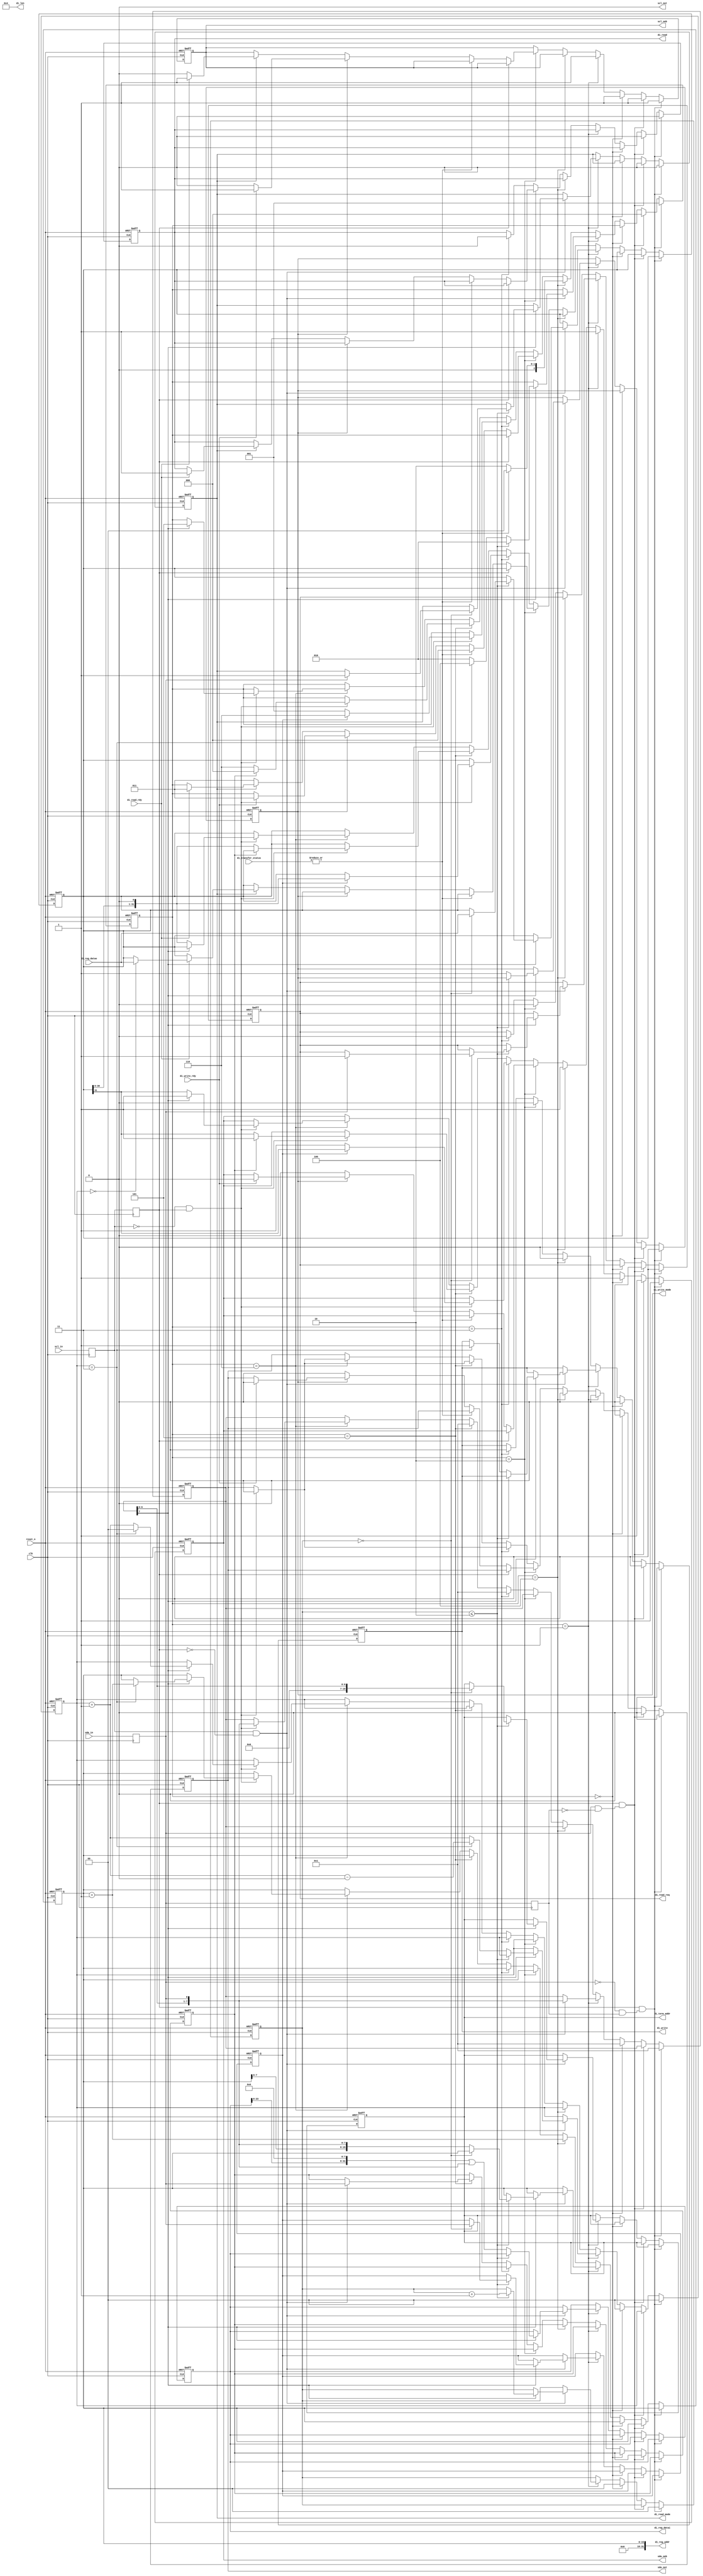
//
// Description: This implemenents a i2c slave to host interface
// controller.  This will match any i2c chip address and set it as the
// terminal address.  A future implementation could take in an array
// of terminal addresses to match.


module i2cHostInterface
  #(parameter NUM_ADDR_BYTES=2,
    parameter NUM_DATA_BYTES=4,
    parameter REG_ADDR_WIDTH=8*NUM_ADDR_BYTES,
    parameter REG_DATA_WIDTH=8*NUM_DATA_BYTES)
   (
    input 	      clk,
    input 	      reset_n,
    input 	      sda_in,
    output 	      sda_out,
    output 	      sda_oeb,
    input 	      scl_in,
    output 	      scl_out,
    output reg	      scl_oeb,

    output reg [15:0] di_term_addr,
    output [31:0]     di_reg_addr,
    output [31:0]     di_len,

    output reg 	      di_read_mode,
    output reg 	      di_read_req,
    output reg 	      di_read,
    input wire 	      di_read_rdy,
    input [31:0]      di_reg_datao,

    output 	      di_write,
    input wire 	      di_write_rdy,
    output reg 	      di_write_mode,
    output reg [31:0] di_reg_datai,
    input [15:0]      di_transfer_status

    );

   parameter STATE_WAIT=0,
             STATE_SHIFT=1,
             STATE_ACK=2, 
             STATE_ACK2=3,
             STATE_WRITE=4,
             STATE_CHECK_ACK=5,
             STATE_SEND=6;
   
   reg we, done, busy;
   reg [REG_ADDR_WIDTH-1:0] reg_addr;
   reg [2:0] state;
   reg       scl_s, sda_s, scl_ss, sda_ss, sda_reg, oeb_reg;
   reg [7:0]  sr;
   reg [1:0]  reg_byte_count;
   reg [1:0]  addr_byte_count;
   reg        rw_bit;
   reg [REG_DATA_WIDTH-1:0] sr_send;
   reg        nack;

   assign scl_out = 0;
   assign sda_oeb = oeb_reg;
   assign sda_out = sda_reg;

   assign di_len = NUM_DATA_BYTES;
   assign di_write = we;
   
   wire       open_drain_mode = 1;
   function set_sda_reg;
      input   out1;
      begin
         set_sda_reg = (open_drain_mode) ? 0 : out1;
      end
   endfunction
   function set_oeb_reg;
      input   oeb;
      input   out1;
      begin
         set_oeb_reg = (open_drain_mode) ? out1 : oeb;
      end
   endfunction
      
   /* verilator lint_off WIDTH */
   assign di_reg_addr = reg_addr;
   /* verilator lint_on WIDTH */

   
   always @(posedge clk) begin
      scl_s <= scl_in;
      scl_ss <= scl_s;
      sda_s <= sda_in;
      sda_ss <= sda_s;
   end

   wire [7:0] word = { sr[6:0], sda_s };
   /* verilator lint_off WIDTH */
   wire [REG_DATA_WIDTH-1:0] word_expanded = word;
   /* verilator lint_on WIDTH */
   

   wire       scl_rising  =  scl_s && !scl_ss;
   wire       scl_falling = !scl_s &&  scl_ss;
   wire       sda_rising  =  sda_s && !sda_ss;
   wire       sda_falling = !sda_s &&  sda_ss;
   

   wire [REG_ADDR_WIDTH+8-1:0] shifted_reg_addr = { reg_addr, word };
   
   
`ifdef SYNC_RESET
   always @(posedge clk) begin
`else
   always @(posedge clk or negedge reset_n) begin
`endif      
      if(!reset_n) begin
	 scl_oeb <= 1;
	 di_write_mode <= 0;
	 di_term_addr <= 0;
	 di_read_mode <= 0;
 	 di_read_req <= 0;
	 di_read <= 0;
	 di_reg_datai <= 0;
         sda_reg <= 1;
         oeb_reg <= 1;
         reg_byte_count <= 0;
	 addr_byte_count <= 0;
         sr <= 8'h01;
         state <= STATE_WAIT;
         di_reg_datai <= 0;
         reg_addr <= 0;
         we   <= 0;
         rw_bit <= 0;
         sr_send <= 0;
         nack <= 0;
         done <= 0;
         busy <= 0;
      end else begin
         if(scl_ss && sda_falling) begin // start code
            reg_byte_count <= 0;
            addr_byte_count <= 0;
            sr <= 8'h01;
            state <= STATE_SHIFT;
            sda_reg <= set_sda_reg(1);
            oeb_reg <= set_oeb_reg(1, 1);
            we <= 0;
            busy <= 1;
            done <= 0;
	    scl_oeb <= 1;
	    di_write_mode <= 0;
	    di_read_mode <= 0;
 	    di_read_req <= 0;
	    di_read <= 0;
         end else if(scl_ss && sda_rising) begin // stop code
            state <= STATE_WAIT;
            sda_reg <= set_sda_reg(1);
            oeb_reg <= set_oeb_reg(1, 1);
            we <= 0;
            if(busy) done <= 1;
	    scl_oeb <= 1;
	    di_write_mode <= 0;
	    di_read_mode <= 0;
 	    di_read_req <= 0;
	    di_read <= 0;
         end else begin
            if(state == STATE_WAIT) begin
	       scl_oeb <= 1;
               done <= 0;
               we <= 0;
               reg_byte_count <= 0;
               addr_byte_count <= 0;
               sr <= 8'h01; // preload sr with LSB 1.  When that 1 reaches the MSB of the shift register, we know we are done.
               sda_reg <= set_sda_reg(1);
               oeb_reg <= set_oeb_reg(1, 1);
               busy <= 0;
            end else if(state == STATE_SHIFT) begin
	       scl_oeb <= 1;
               sda_reg <= set_sda_reg(1);
               oeb_reg <= set_oeb_reg(1, 1);
               if(scl_rising) begin
                  sr <= word;
                  if(sr[7]) begin
		     if(addr_byte_count <= NUM_ADDR_BYTES) begin
			addr_byte_count <= addr_byte_count + 1;

			if(addr_byte_count == 0) begin // 1st byte (i2c addr)
			   /* verilator lint_off WIDTH */
			   di_term_addr <= { 9'b0, word[7:1] };
			   /* verilator lint_on WIDTH */
                           rw_bit <= word[0];
                           sr_send <= di_reg_datao; 
                           state <= STATE_ACK;
			   if (word[0]) begin // read
			      di_read_mode <= 1;
			      di_read_req  <= 1;
			   end
			end else begin // remaining addr bytes (reg addr)
                           state <= STATE_ACK;
                           reg_addr <= shifted_reg_addr[REG_ADDR_WIDTH-1:0];
			end
                     end else begin 
			// LSB of transfer count is used to track which
			// byte of the 16 bit word is being collected.
			// MSB of transfer count is only 0 at the begining
			// of the packet to signal the address is being
			// collected.  After the address has been received,
			// then it is all data after that.
			di_reg_datai <= (di_reg_datai << 8) | word_expanded;
			di_write_mode <= 1;
			
			/* verilator lint_off WIDTH */
                        if(reg_byte_count == NUM_DATA_BYTES-1) begin // Least significant byte
			/* verilator lint_on WIDTH */
                           state <= STATE_WRITE;
			   we <= 1;
	       		   /* verilator lint_off WIDTH */
			   reg_byte_count <= reg_byte_count + 1 - NUM_DATA_BYTES;
			   /* verilator lint_on WIDTH */
                        end else begin              // Most significant byte
                           state <= STATE_ACK;
			   reg_byte_count <= reg_byte_count + 1;
                        end                     
                     end
                  end
               end
            end else if(state == STATE_WRITE) begin
               // Stay here one clock cycle before moving to ACK to
               // give 'we' a single clock cycle high.
               we <= 0;
	       if(|di_transfer_status) begin
		  state <= STATE_WAIT; // NACK
	       end else begin
		  state <= STATE_ACK;
	       end		     
	       reg_addr  <= reg_addr + 1; // advance addr for the case of seq writes
	       sda_reg <= set_sda_reg(1);
	       oeb_reg <= set_oeb_reg(1, 1);
	       
            end else if(state == STATE_ACK) begin
	       di_read_req <= 0;
               we <= 0;
               // when scl falls, drive sda low to ack the received byte
               if(!scl_ss) begin
		  if(|di_transfer_status) begin
		     // if there is an transfer error, send NACK
                     state <= STATE_WAIT; // NACK
                     done <= 1;
		  end else begin
		     if(di_write_mode) begin
			if(!di_write_rdy) begin
			   scl_oeb <= 0; // clock stretch until write has completed
			end else begin
			   oeb_reg <= set_oeb_reg(0, 0); // drive ack
			   sda_reg <= set_sda_reg(0);
			   scl_oeb <= 1;
			   state <= STATE_ACK2;
			end
		     end else if(di_read_mode) begin
			oeb_reg <= set_oeb_reg(0, 0); // drive ack
			sda_reg <= set_sda_reg(0);
			if(di_read_rdy) begin
			   di_read <= 1;
			   state <= STATE_ACK2;
			   if(reg_byte_count == 0) begin
			      sr_send <= di_reg_datao; // preload data to send
			   end
			   scl_oeb <= 1;
			end else begin
			   scl_oeb <= 0; // clock stretch until read is ready
			end
		     end else begin
			oeb_reg <= set_oeb_reg(0, 0); // drive ack
			sda_reg <= set_sda_reg(0);
			state <= STATE_ACK2;
		     end
		  end
               end             
            end else if(state == STATE_ACK2) begin
	       di_read <= 0;
	       di_read_req <= 0;
               sr <= 8'h01;
               we <= 0;
               // on the falling edge go back to shifting in data
               if(scl_falling) begin
                  if(rw_bit) begin // when master is reading, go to STATE_SEND
                     state <= STATE_SEND;
                     sda_reg <= set_sda_reg(sr_send[REG_DATA_WIDTH-1]);
                     oeb_reg <= set_oeb_reg(0, sr_send[REG_DATA_WIDTH-1]);
                     sr_send <= sr_send << 1;
                  end else begin // when master writing, receive in STATE_SHIFT
                     state <= STATE_SHIFT;
                     sda_reg <= set_sda_reg(1);
                     oeb_reg <= set_oeb_reg(1, 1);
                  end
               end
            end else if(state == STATE_CHECK_ACK) begin
               sr <= 8'h01;
               if(scl_rising) begin
                  nack <= sda_s;
               end 
               if(scl_falling) begin
                  if(nack) begin
                     state <= STATE_WAIT; // we received a nack, so we are done
                     done <= 1;
                     sda_reg <= set_sda_reg(1);
                     oeb_reg <= set_oeb_reg(1, 1);
                  end else begin
                     state <= STATE_SEND; // we received an ack, so more data requested
                     sda_reg <= set_sda_reg(sr_send[REG_DATA_WIDTH-1]);
                     oeb_reg <= set_oeb_reg(0, sr_send[REG_DATA_WIDTH-1]);
                     sr_send <= sr_send << 1;
                  end
               end
            end else if(state == STATE_SEND) begin
               if(scl_falling) begin
                  sr <= word;
                  if(sr[7]) begin
                     reg_byte_count <= reg_byte_count + 1;
                     sda_reg <= set_sda_reg(1);
                     oeb_reg <= set_oeb_reg(1, 1);
                     state <= STATE_CHECK_ACK;

		     /* verilator lint_off WIDTH */
                     if(reg_byte_count == NUM_DATA_BYTES-1) begin
			/* verilator lint_on WIDTH */
                        reg_addr <= reg_addr + 1; // advance the internal address so that the next address data is available after this transfer.
			reg_byte_count <= 0;
                     end
                     

                  end else begin
                     sda_reg <= set_sda_reg(sr_send[REG_DATA_WIDTH-1]);
                     oeb_reg <= set_oeb_reg(0, sr_send[REG_DATA_WIDTH-1]);
                     sr_send <= sr_send << 1;
                  end
               end
            end
         end
      end
   end 
endmodule // i2c_slave